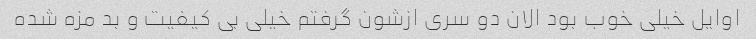
اوایل خیلی خوب بود الان دو سری ازشون گرفتم خیلی بی کیفیت و بد مزه شده